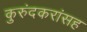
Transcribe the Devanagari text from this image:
कुरुंदकरांसह